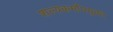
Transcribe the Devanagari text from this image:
शल्यकर्मोपयुक्त